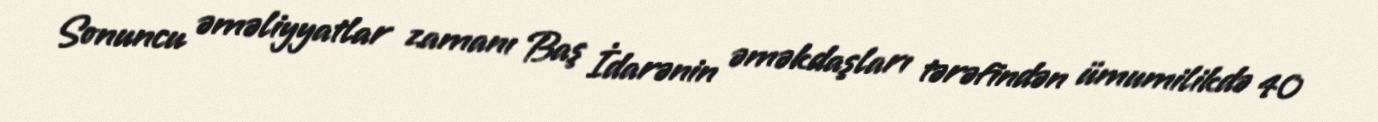
Sonuncu əməliyyatlar zamanı Baş İdarənin əməkdaşları tərəfindən ümumilikdə 40